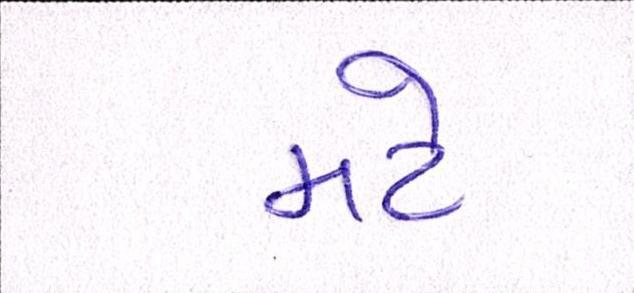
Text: મટે